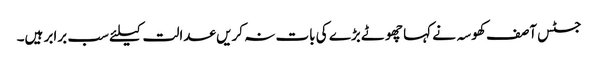
جسٹس آصف کھوسہ نے کہا چھوٹے بڑے کی بات نہ کریں عدالت کیلئے سب برابر ہیں۔